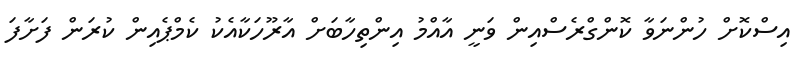
އިސްކޮށް ހުންނަވާ ކޮންގްރެސްއިން ވަނީ އާއްމު އިންތިހާބަށް އާރޫހަކާއެކު ކެމްޕެއިން ކުރަން ފަށާފަ